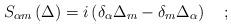
LaTeX: \begin{align*}S_{\alpha m}\left( \Delta \right) =i\left( \delta _\alpha \Delta_m-\delta _m\Delta _\alpha \right) \quad ;\end{align*}